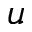
u